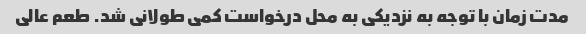
مدت زمان با توجه به نزدیکی به محل درخواست کمی طولانی شد. طعم عالی